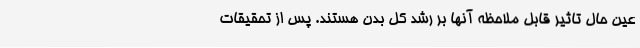
عین حال تاثیر قابل ملاحظه آنها بر رشد کل بدن هستند. پس از تحقیقات